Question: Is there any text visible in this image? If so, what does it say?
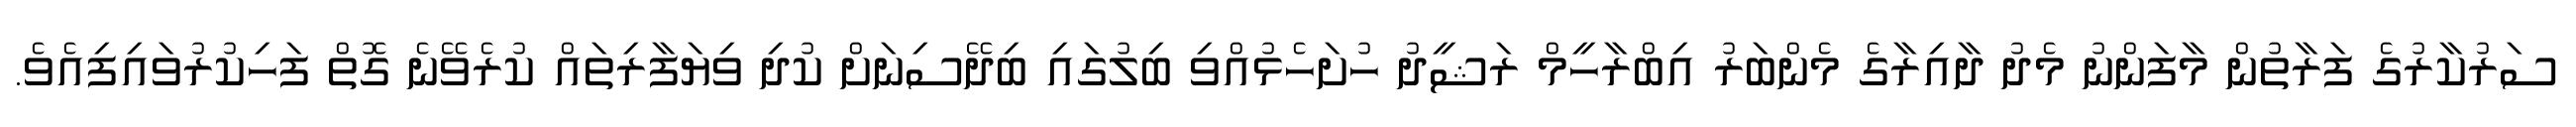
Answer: ސަރުކާރުގެ ފަރާތުން މާފަންނު މެދު ދާއިރާގެ މެންބަރު އިބްރާހީމް ރަޝީދު ހުށަހެޅުއްވި ބިލުގައި ބިދޭސިނަށް ކުދި ވިޔަފާރިތައް ކުރެވޭނެ ގޮތް ފަހިކުރުވައިފިއެވެ.